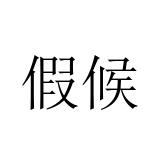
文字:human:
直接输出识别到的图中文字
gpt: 假候